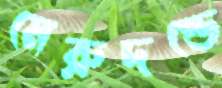
মেরুদণ্ডে